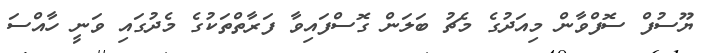
ޔޫސުފް ސޮފްވާން މިއަދުގެ މެޗު ބަލަން ގޮސްފައިވާ ފަރާތްތަކުގެ މެދުގައި ވަނީ ހާއްސަ